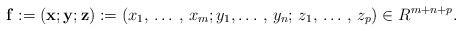
\begin{align*}\mathbf{f}:=\left( \mathbf{x};\mathbf{y};\mathbf{z} \right):=\left( x_{1},\thinspace \mathellipsis \thinspace ,\thinspace x_{m};y_{1},\mathellipsis \thinspace ,\thinspace y_{n};\thinspace z_{1},\thinspace \mathellipsis \thinspace ,\thinspace z_{p} \right)\in R^{m+n+p}. \end{align*}